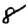
Digit: 8